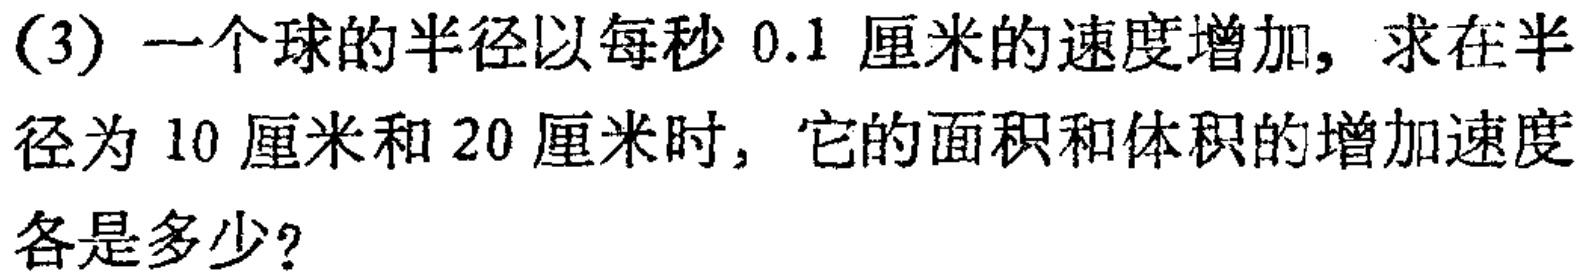
(3) 一个球的半径以每秒 \(0.1\) 厘米的速度增加，求在半径为 \(10\) 厘米和 \(20\) 厘米时，它的面积和体积的增加速度各是多少？